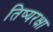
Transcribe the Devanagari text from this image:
तिष्यरक्षा